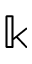
\Bbbk